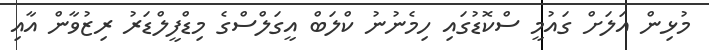
މުޅިން އަލަށް ގައުމީ ސްކޮޑުގައި ހިމެނުނު ކްލަބް އީގަލްސްގެ މިޑްފީލްޑަރު ރިޒުވާން އާއި